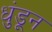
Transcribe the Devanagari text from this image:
धुंडून